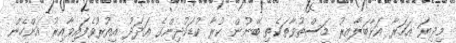
މިދިޔަ އަހަރާ އަޅާބަލާއިރު މަސްތުވާތަކެތި ބޭނުން ކުރާ ކުޑަކުދިންގެ އަދަދު އިތުރުވެފައިވާއިރު އަންހެން